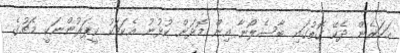
އަހަރެން ދެކޭ ގޮތުގައި ބާސެލޯނާ އިން މޮޅަށް ކުޅުނު އެކަމަކު ކީޕަރުންނަކީ މެޗުގެ